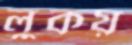
লুকয়